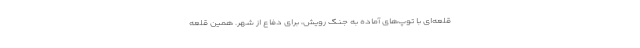
قلعه‌ای با توپ‌های آماده به جنگ رویش، برای دفاع از شهر. همین قلعه